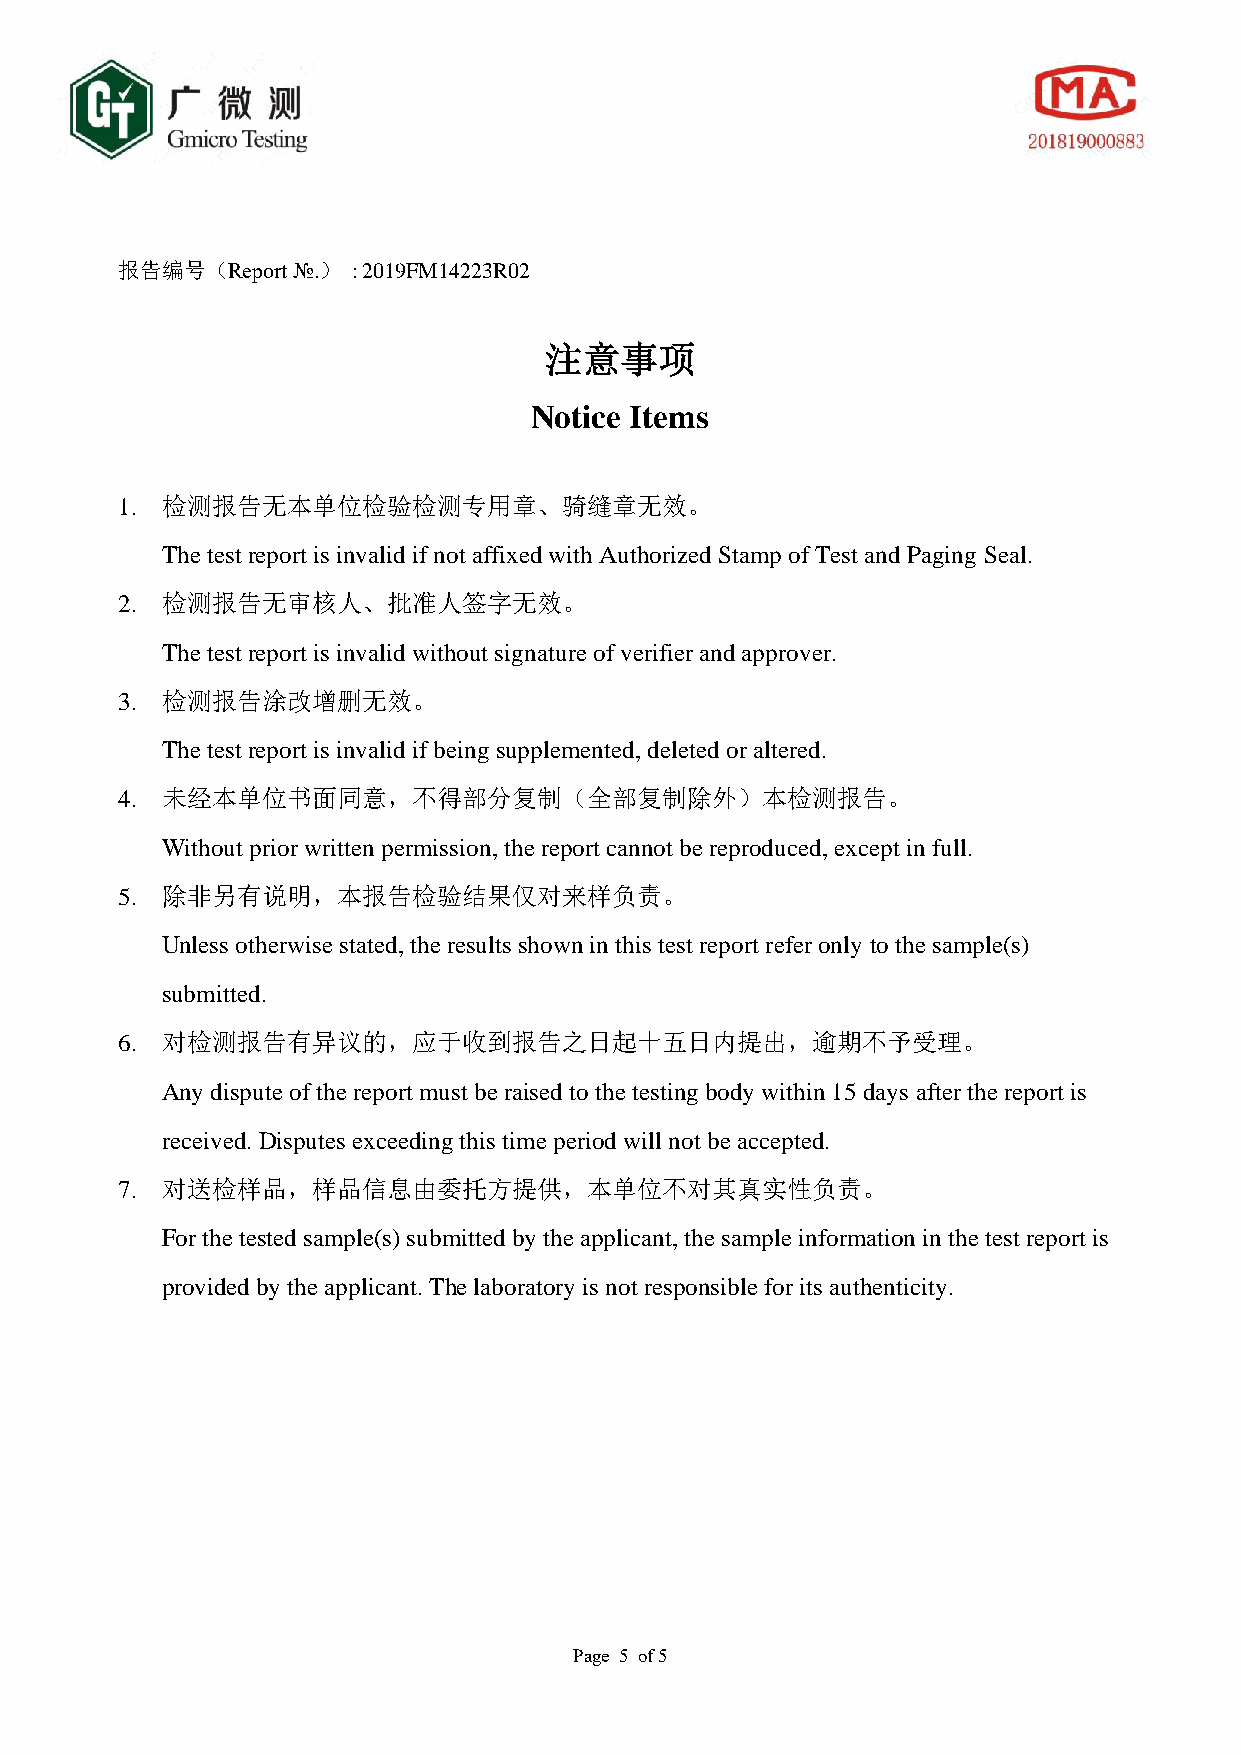
报告编号（Report №.） : 2019FM14223R02
 注意事项
 Notice Items
 1. 检测报告无本单位检验检测专用章、骑缝章无效。
 The test report is invalid if not affixed with Authorized Stamp of Test and Paging Seal.
 2. 检测报告无审核人、批准人签字无效。
 The test report is invalid without signature of verifier and approver.
 3. 检测报告涂改增删无效。
 The test report is invalid if being supplemented, deleted or altered.
 4. 未经本单位书面同意，不得部分复制（全部复制除外）本检测报告。
 Without prior written permission, the report cannot be reproduced, except in full.
 5. 除非另有说明，本报告检验结果仅对来样负责。
 Unless otherwise stated, the results shown in this test report refer only to the sample(s)
 submitted.
 6. 对检测报告有异议的，应于收到报告之日起十五日内提出，逾期不予受理。
 Any dispute of the report must be raised to the testing body within 15 days after the report is
 received. Disputes exceeding this time period will not be accepted.
 7. 对送检样品，样品信息由委托方提供，本单位不对其真实性负责。
 For the tested sample(s) submitted by the applicant, the sample information in the test report is
 provided by the applicant. The laboratory is not responsible for its authenticity.
 Page 5 of 5